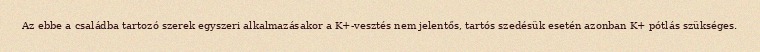
Az ebbe a családba tartozó szerek egyszeri alkalmazásakor a K+-vesztés nem jelentős, tartós szedésük esetén azonban K+ pótlás szükséges.